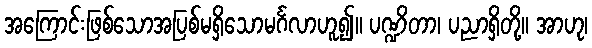
အကြောင်းဖြစ်သောအပြစ်မရှိသောမင်္ဂလာဟူ၍။ ပဏ္ဍိတာ၊ ပညာရှိတို့။ အာဟု၊